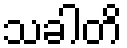
သခါတိ